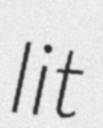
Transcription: lit